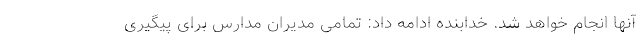
آنها انجام خواهد شد. خدابنده ادامه داد: تمامی مدیران مدارس برای پیگیری